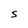
Character: S